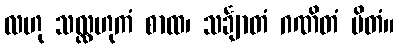
လဟု သလ္လဟုကံ စာထ၊ သင်္ချာတံ ဂဏိတံ မိတံ။